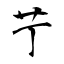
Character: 艼